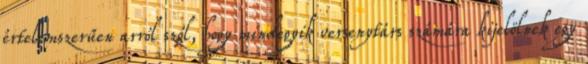
értelemszerűen arról szól, hogy mindegyik versenytárs számára kijelölnek egy